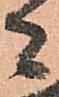
者